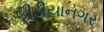
કીડીયાનગર